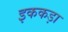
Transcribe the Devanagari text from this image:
इककड़ा